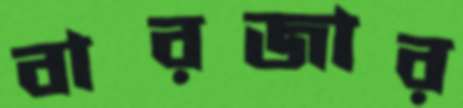
বারজার